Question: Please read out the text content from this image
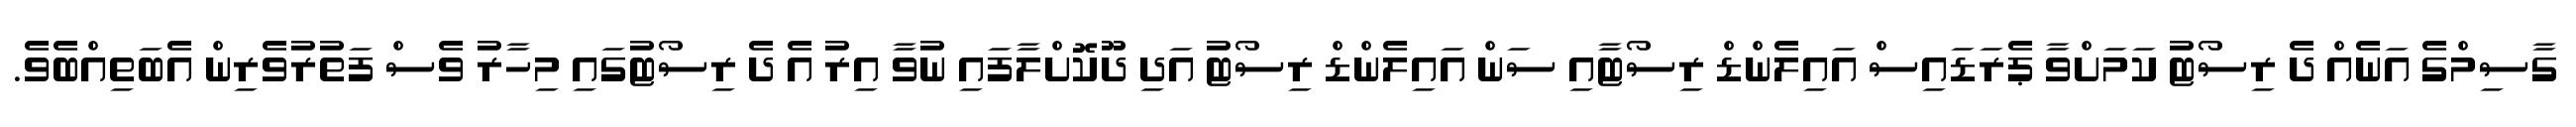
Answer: ގާސިމްގެ އަނެއް ދެ ރިސޯޓު ކަމަށްވާ ޕެރަޑައިސް އައިލެންޑް ރިސޯޓާއި ސަން އައިލެންޑް ރިސޯޓު އަދި ދޫކޮށްލާފައި ނުވާ އިރު އެ ދެ ރިސޯޓުގައި މިހާރު ވެސް ފަތުރުވެރިން އެބަތިއްބެވެ.